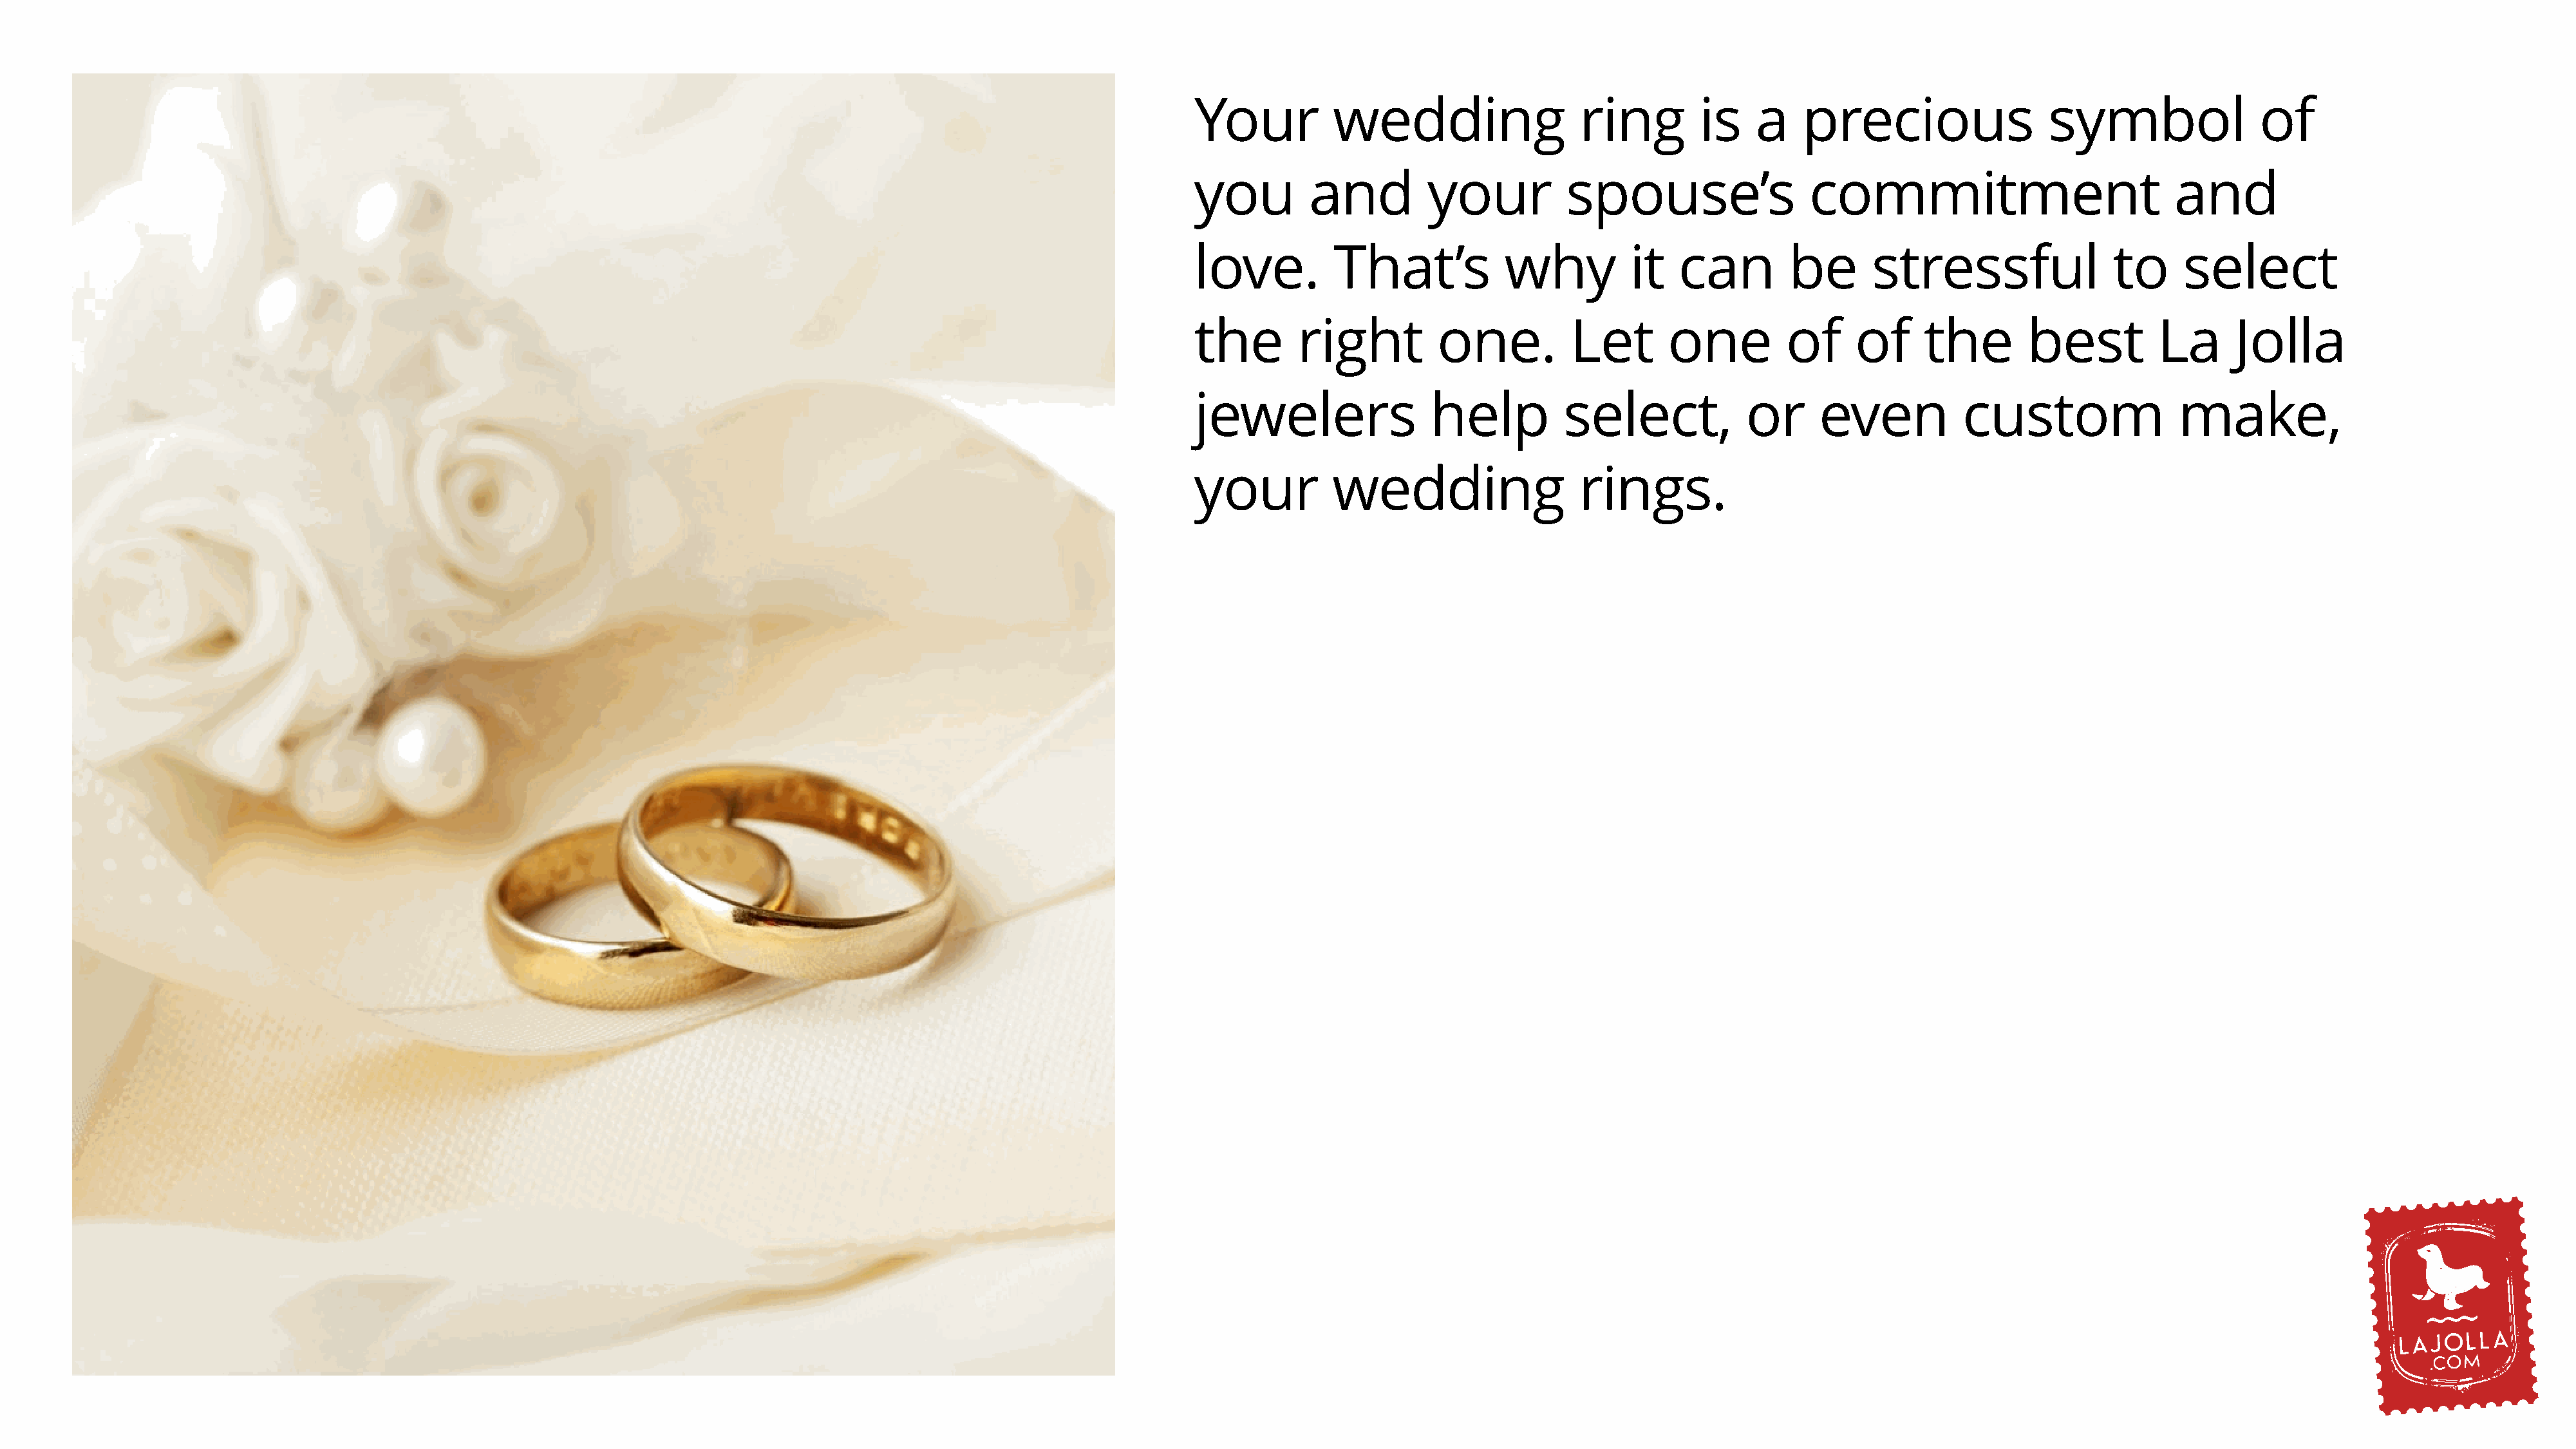
Your          wedding                  ring         is   a    precious                  symbol               of
 you         and         your          spouse’s                 commitment                           and
 love.         That’s            why          it   can        be      stressful                to     select
 the       right          one.         Let       one          of     of     the       best          La      Jolla
 jewelers                help          select,           or      even           custom                make,
 your          wedding                  rings.